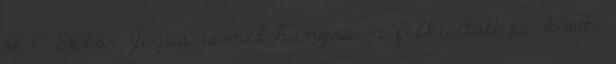
őt ?'' Ekkor Jézus ismét hangosan felkiáltott és kiadta